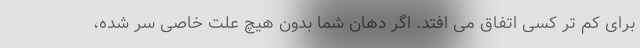
برای کم تر کسی اتفاق می افتد. اگر دهان شما بدون هیچ علت خاصی سر شده،